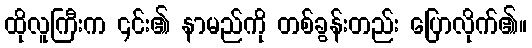
ထိုလူကြီးက ၎င်း၏ နာမည်ကို တစ်ခွန်းတည်း ပြောလိုက်၏။